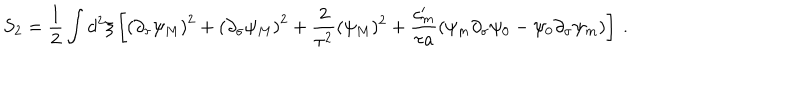
LaTeX: S _ { 2 } = \frac { 1 } { 2 } \int d ^ { 2 } \xi \left[ \left( \partial _ { \tau } \psi _ { M } \right) ^ { 2 } + \left( \partial _ { \sigma } \psi _ { M } \right) ^ { 2 } + \frac { 2 } { \tau ^ { 2 } } ( \psi _ { M } ) ^ { 2 } + \frac { c _ { m } ^ { \prime } } { \tau a } \left( \psi _ { m } \partial _ { \sigma } \psi _ { 0 } - \psi _ { 0 } \partial _ { \sigma } \psi _ { m } \right) \right] \: .